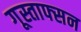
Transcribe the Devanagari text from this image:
गूस्ताफ्सन